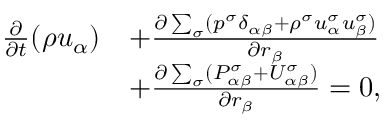
\begin{array} { r } { \begin{array} { r l } { \frac { \partial } { \partial t } ( \rho u _ { \alpha } ) } & { + \frac { \partial \sum _ { \sigma } ( p ^ { \sigma } \delta _ { \alpha \beta } + \rho ^ { \sigma } u _ { \alpha } ^ { \sigma } u _ { \beta } ^ { \sigma } ) } { \partial r _ { \beta } } } \\ & { + \frac { \partial \sum _ { \sigma } ( P _ { \alpha \beta } ^ { \sigma } + U _ { \alpha \beta } ^ { \sigma } ) } { \partial r _ { \beta } } = 0 , } \end{array} } \end{array}